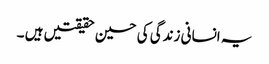
یہ انسانی زندگی کی حسین حقیقتیں ہیں ۔